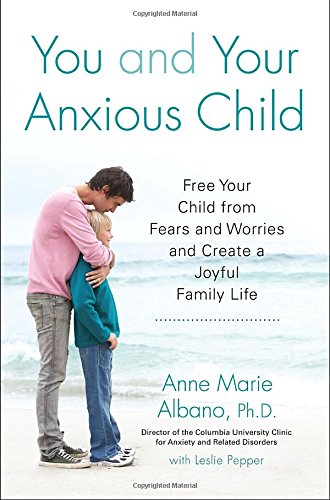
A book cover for You and Your Anxious Child: Free Your Child from Fears and Worries and Create a Joyful Family Life (Lynn Sonberg Book); Anne Marie Albano; Parenting & Relationships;